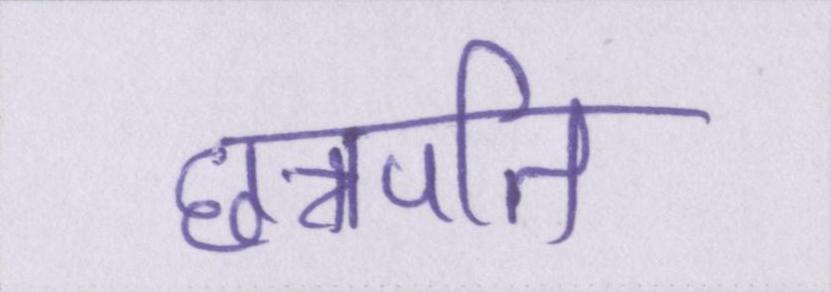
छत्रपति